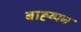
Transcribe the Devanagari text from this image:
बाह्य्पन